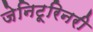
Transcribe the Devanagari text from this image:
जेनिटूरिनरी